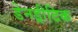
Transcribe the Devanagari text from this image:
डेनड्रीटिक